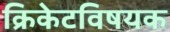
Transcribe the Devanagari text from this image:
क्रिकेटविषयक